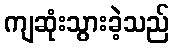
ကျဆုံးသွားခဲ့သည်